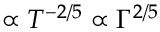
\propto T ^ { - 2 / 5 } \propto \Gamma ^ { 2 / 5 }